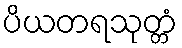
ပိယတရသုတ္တံ